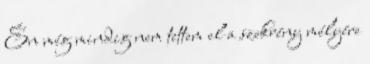
Én még mindig nem tettem el a szekrény mélyére